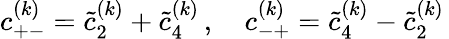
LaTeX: c_{+-}^{(k)}=\tilde{c}_{2}^{(k)}+\tilde{c}_{4}^{(k)}\, ,\quad c_{-+}^{(k)}=\tilde{c}_{4}^{(k)}-\tilde{c}_{2}^{(k)}\,